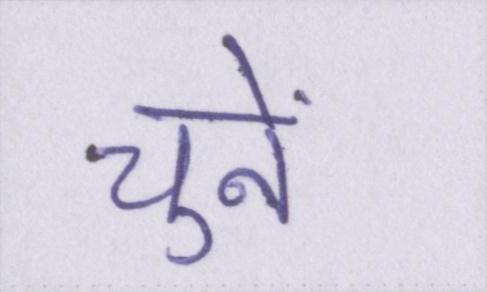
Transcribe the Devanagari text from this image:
चुनें